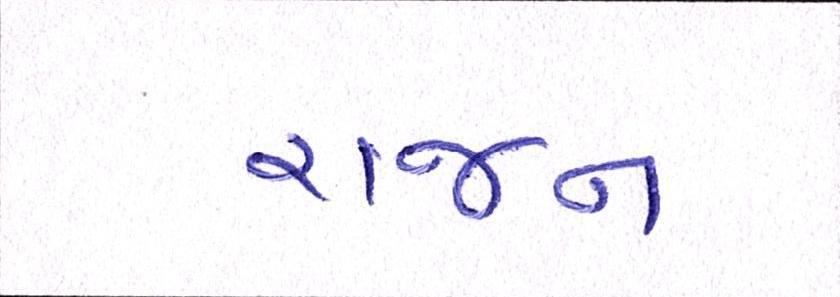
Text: રાજન